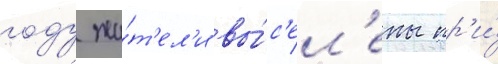
году жи́т'ел'и вы́с'ел'ены пр'и́